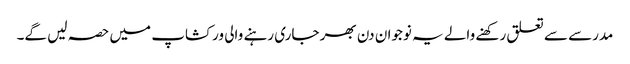
مدرسے سے تعلق رکھنے والے یہ نوجوان دن بھر جاری رہنے والی ورکشاپ میں حصہ لیں گے۔